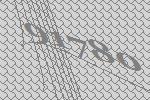
91780